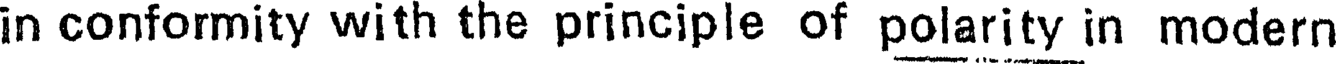
in conformity with the principle of polarity in modern